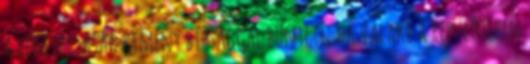
a légitársaság kemény bírsággal bünteti, ha valaki a repülőtéren